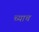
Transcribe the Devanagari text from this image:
च्याच